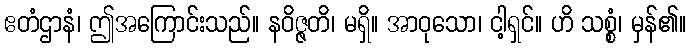
ဧတံဌာနံ၊ ဤအကြောင်းသည်။ နဝိဇ္ဇတိ၊ မရှိ။ အာဝုသော၊ ငါ့ရှင်။ ဟိ သစ္စံ၊ မှန်၏။